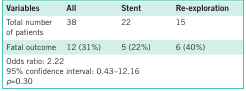
<table><thead><tr><td><b>Variables</b></td><td><b>All</b></td><td><b>Stent</b></td><td><b>Re-exploration</b></td></tr></thead><tbody><tr><td>Total number of patients</td><td>38</td><td>22</td><td>15</td></tr><tr><td>Fatal outcome</td><td>12 (31%)</td><td>5 (22%)</td><td>6 (40%)</td></tr><tr><td>Odds ratio: 2.22</td></tr><tr><td>95% confidence interval: 0.43–12.16</td></tr><tr><td><i>p</i>=0.30</td></tr></tbody></table>